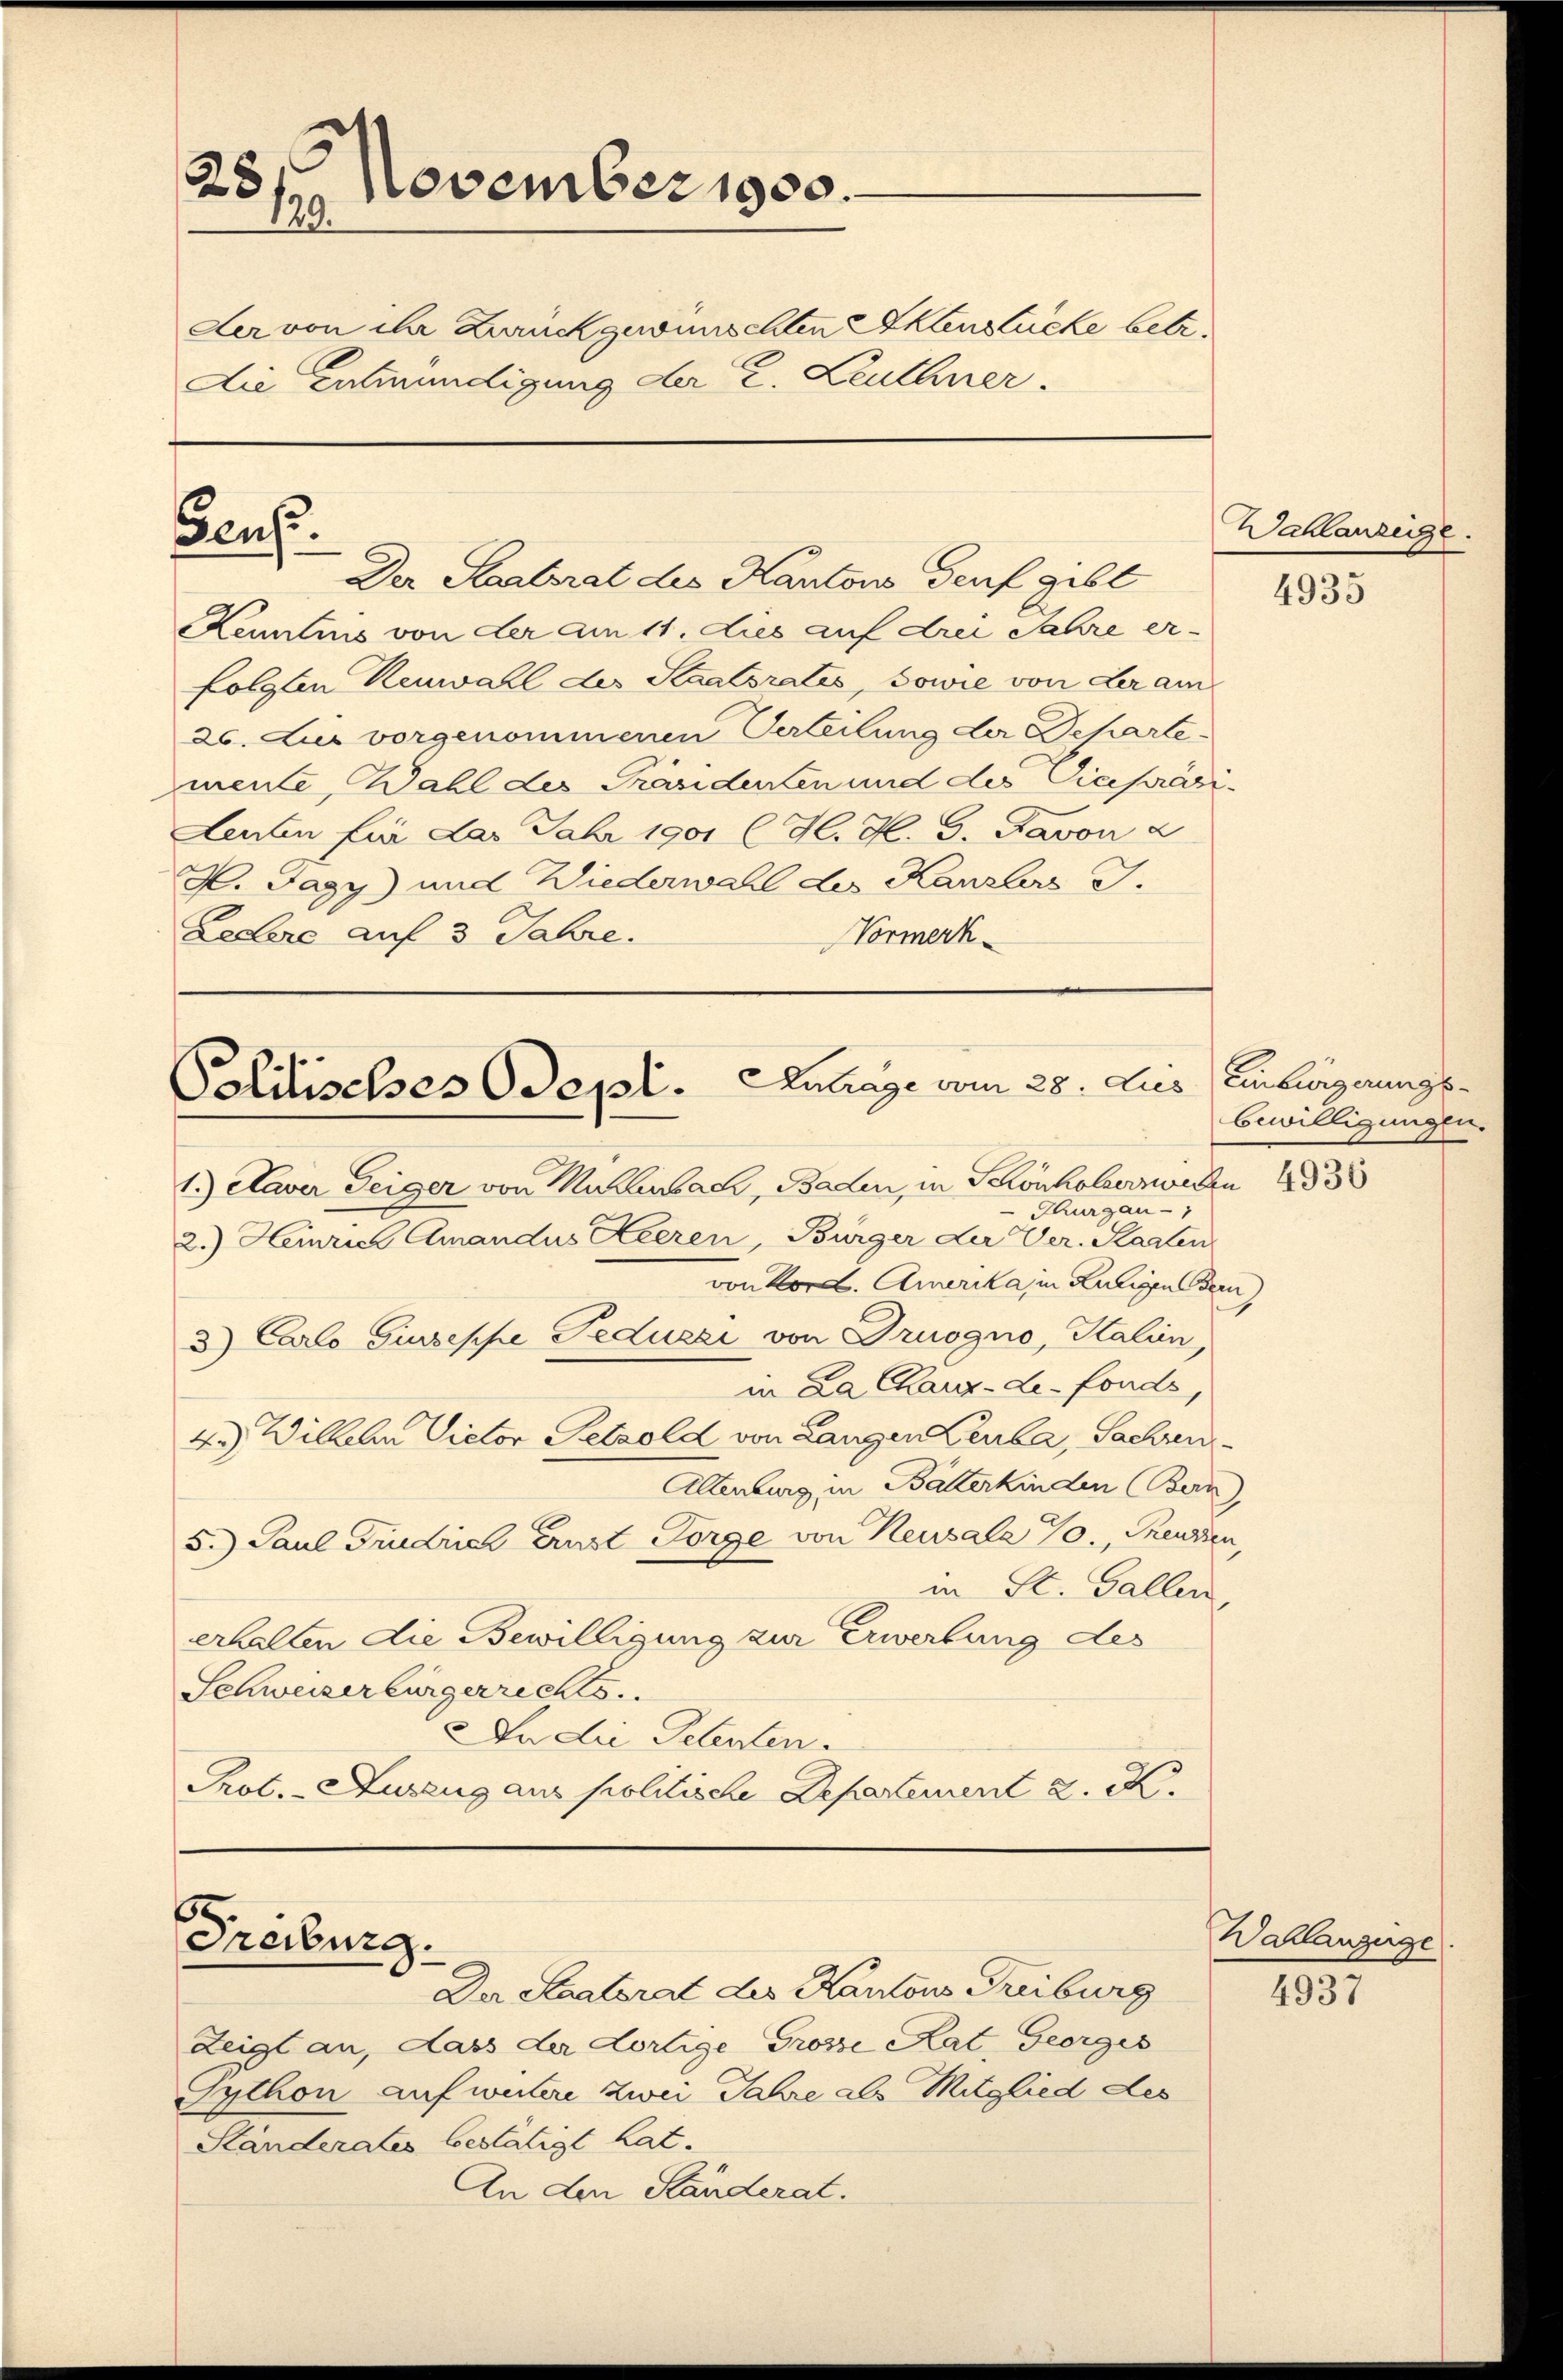
November 1900.
251
der von ihr Zurückgewünschten Aktenstücke betr.
Die Entmündigung der C. Leuthner.

Geuse.

KKenntnis von der am 11. dies auf drei Jahre er-
folgten Renwall der Staatsrates, sowie von der am
26. Jus vorgenommenen Verteilung der Departemente Wahl des Präsidenten und des Vicepräsi-
Leuten für das Fahr 1901 l. H. H. G. Favon 2
H. Jagy) und Wiederwahl des Kanzlers J.
Ledere auf 3 Jahre.
Vormerk

Antrage vom 28. dies
Politisches Odept.
1.) Claver Teiger von Mahlenbach, Baden, in Schönholeraden
Thurgau -
2.) Heinrich Amandus Heeren, Bürger der Ver. Staaten,

von Kord. Amerika, in Kaligen Bern,
3) Carlo Giuseppe Feduzzi von Truogno, Kalien,
in La Charg-de-Fonds,
4.) Wilhelm Victor Petzold von Langen Leuba, Sachen
Allenburg in Bätterkinden (Bern)
5. Paul Fridrich Ernst Sorge von Reusala 70, Theuren
in St. Gallen
erhalten die Bewilligung zur Erwerbung des
Schweizerbürgerrechts.
An die Petenten.
Prot. - Auszug aus politische Departement 2. X.

Der Staatsrat des Kantons Genf gibt

Freiburg.
Der Staatsrat des Kantons Treiburg

Zeigt an, dass der dortige Grosse Rat, Georges
Iython aufwulere zwei Jahre als Mitglied des
Ständerates bestätigt hat.
An den Ständerat.

Wahlanzeige.

4935

Einbürgerungs-
bewilligungen.

4936

Wallanzeige

4937